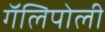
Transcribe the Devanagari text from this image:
गॅलिपोली